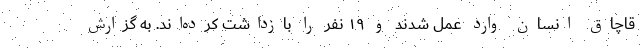
قاچاق انسان وارد عمل شدند و ۱۹ نفر را بازداشت کرده‌اند. به گزارش